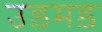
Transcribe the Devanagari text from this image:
उड़मड़